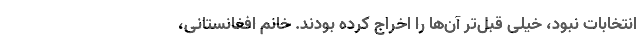
انتخابات نبود، خیلی قبل‌تر آن‌ها را اخراج کرده بودند. خانم افغانستانی،